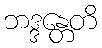
ဘဒ္ဒန္တေတိ